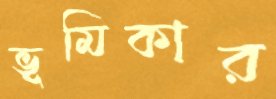
ভূমিকার